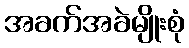
အခက်အခဲမျိုးစုံ